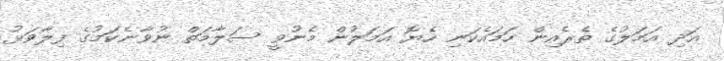
އަދި އަމަލުގެ ތެރެއިން ހަމައެކަނި ހެޔޮ އަމަލުން މެނުވީ ސަލާމަތް ނުވާނެކަމުގެ ފިލާވަޅު